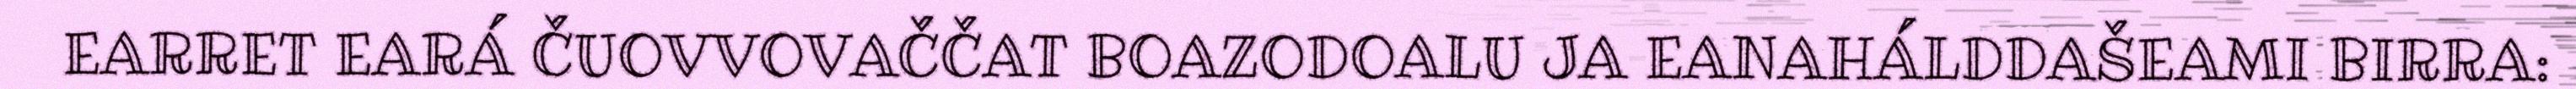
EARRET EARÁ ČUOVVOVAČČAT BOAZODOALU JA EANAHÁLDDAŠEAMI BIRRA: